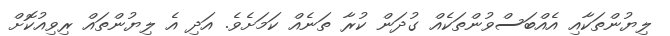
ލިޔުންތަކާއި އެއްބަސްވުންތަކެއް ގުދަން ކުރާ ތަނެއް ކަމަށެވެ. އަދި އެ ލިޔުންތައް ރިވިއުކޮށް